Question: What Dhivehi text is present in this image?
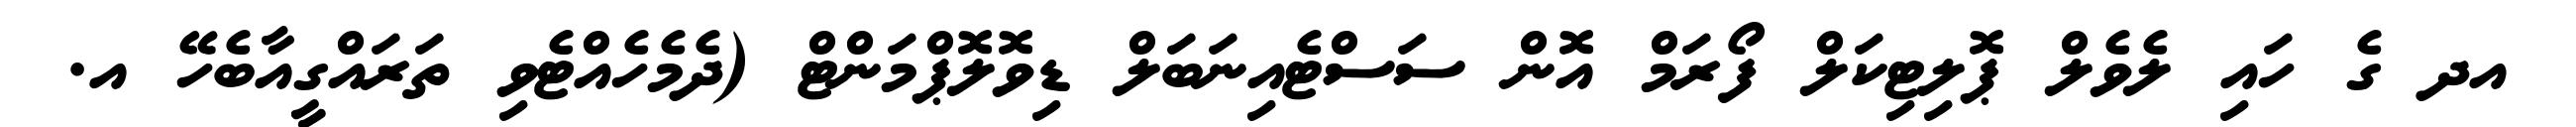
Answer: އދ ގެ ހައި ލެވެލް ޕޮލިޓިކަލް ފޯރަމް އޮން ސަސްޓެއިނަބަލް ޑިވޮލޮޕްމަންޓް (ދެމެހެއްޓެވި ތަރައްގީއާބެހޭ އ.